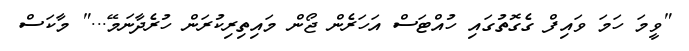
"ވީމަ ހަމަ ވައިފް ގެގޮތުގައި ހުއްޓަސް އަހަރެން ޖޯން މައިތިރިކުރަން ހުރެދާނަމޭ..." މާކަސް